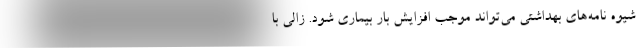
شیوه نامه‌های بهداشتی می‌تواند موجب افزایش بار بیماری شود. زالی با